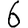
Digit: 6